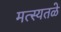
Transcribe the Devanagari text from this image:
मत्स्यतळे